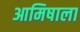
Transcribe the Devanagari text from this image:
आमिषाला